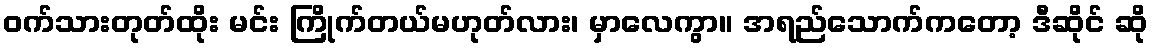
ဝက်သားတုတ်ထိုး မင်း ကြိုက်တယ်မဟုတ်လား၊ မှာလေကွာ။ အရည်သောက်ကတော့ ဒီဆိုင် ဆို